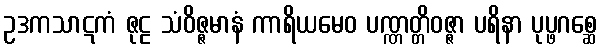
ဥဒကသာဋကံ ဇုဠ သံဝိဇ္ဇမာနံ ကာရိယမေဝ ပဏ္ဏတ္တိဝဇ္ဇာ ပရိနာ ပုပ္ဖဂစ္ဆေ